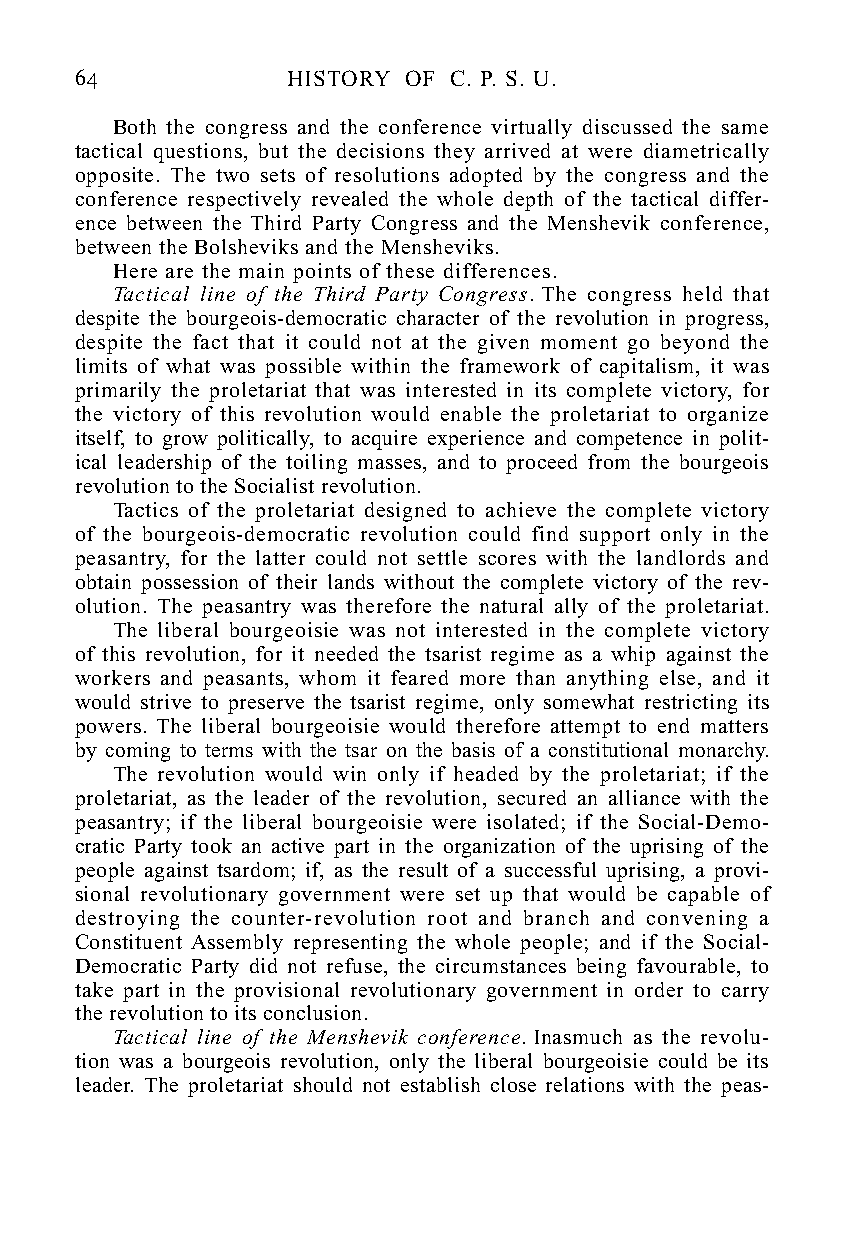
64            HISTORY OF C. P. S. U.
 Both the congress and the conference virtually discussed the same
 tactical questions, but the decisions they arrived at were diametrically
 opposite. The two sets of resolutions adopted by the congress and the
 conference respectively revealed the whole depth of the tactical differ-
 ence between the Third Party Congress and the Menshevik conference,
 between the Bolsheviks and the Mensheviks.
 Here are the main points of these differences.
 Tactical line of the Third Party Congress. The congress held that
 despite the bourgeois-democratic character of the revolution in progress,
 despite the fact that it could not at the given moment go beyond the
 limits of what was possible within the framework of capitalism, it was
 primarily the proletariat that was interested in its complete victory, for
 the victory of this revolution would enable the proletariat to organize
 itself, to grow politically, to acquire experience and competence in polit-
 ical leadership of the toiling masses, and to proceed from the bourgeois
 revolution to the Socialist revolution.
 Tactics of the proletariat designed to achieve the complete victory
 of the bourgeois-democratic revolution could find support only in the
 peasantry, for the latter could not settle scores with the landlords and
 obtain possession of their lands without the complete victory of the rev-
 olution. The peasantry was therefore the natural ally of the proletariat.
 The liberal bourgeoisie was not interested in the complete victory
 of this revolution, for it needed the tsarist regime as a whip against the
 workers and peasants, whom it feared more than anything else, and it
 would strive to preserve the tsarist regime, only somewhat restricting its
 powers. The liberal bourgeoisie would therefore attempt to end matters
 by coming to terms with the tsar on the basis of a constitutional monarchy.
 The revolution would win only if headed by the proletariat; if the
 proletariat, as the leader of the revolution, secured an alliance with the
 peasantry; if the liberal bourgeoisie were isolated; if the Social-Demo-
 cratic Party took an active part in the organization of the uprising of the
 people against tsardom; if, as the result of a successful uprising, a provi-
 sional revolutionary government were set up that would be capable of
 destroying the counter-revolution root and branch and convening a
 Constituent Assembly representing the whole people; and if the Social-
 Democratic Party did not refuse, the circumstances being favourable, to
 take part in the provisional revolutionary government in order to carry
 the revolution to its conclusion.
 Tactical line of the Menshevik conference. Inasmuch as the revolu-
 tion was a bourgeois revolution, only the liberal bourgeoisie could be its
 leader. The proletariat should not establish close relations with the peas-